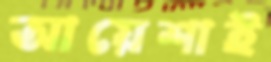
আয়েশাই